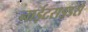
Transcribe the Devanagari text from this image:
नाईटराइडर्स